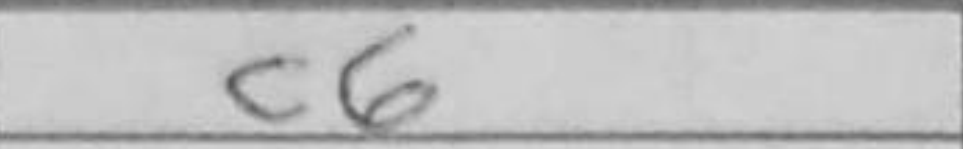
Transcription: c6